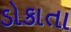
ડોકાતા